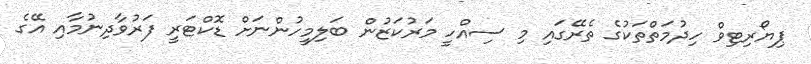
ޕިޔޯރިޓިވް ހިދުމަތްތަކުގެ ތެރޭގައި މި ސިއްހީ މަރުކަޒުން ބަލިމީހުންނަށް ޑޮކްޓަރީ ފަރުވާދިނުމާއި އޭގެ